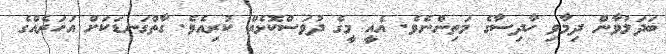
ބަދަލުވާން ދިމާވި ހާދިސާގެ މަތިންނެވެ. އެއީ މީގެ ދުވަސްކޮޅެއް ކުރިއެވެ. ގާތްގަނޑަކަށް އަހަރެއްގެ